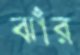
ঝাঁর